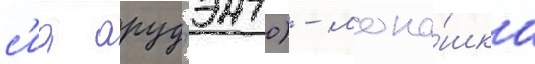
с'иа арудзэнто) - мона́шка